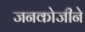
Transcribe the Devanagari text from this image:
जनकोजीने